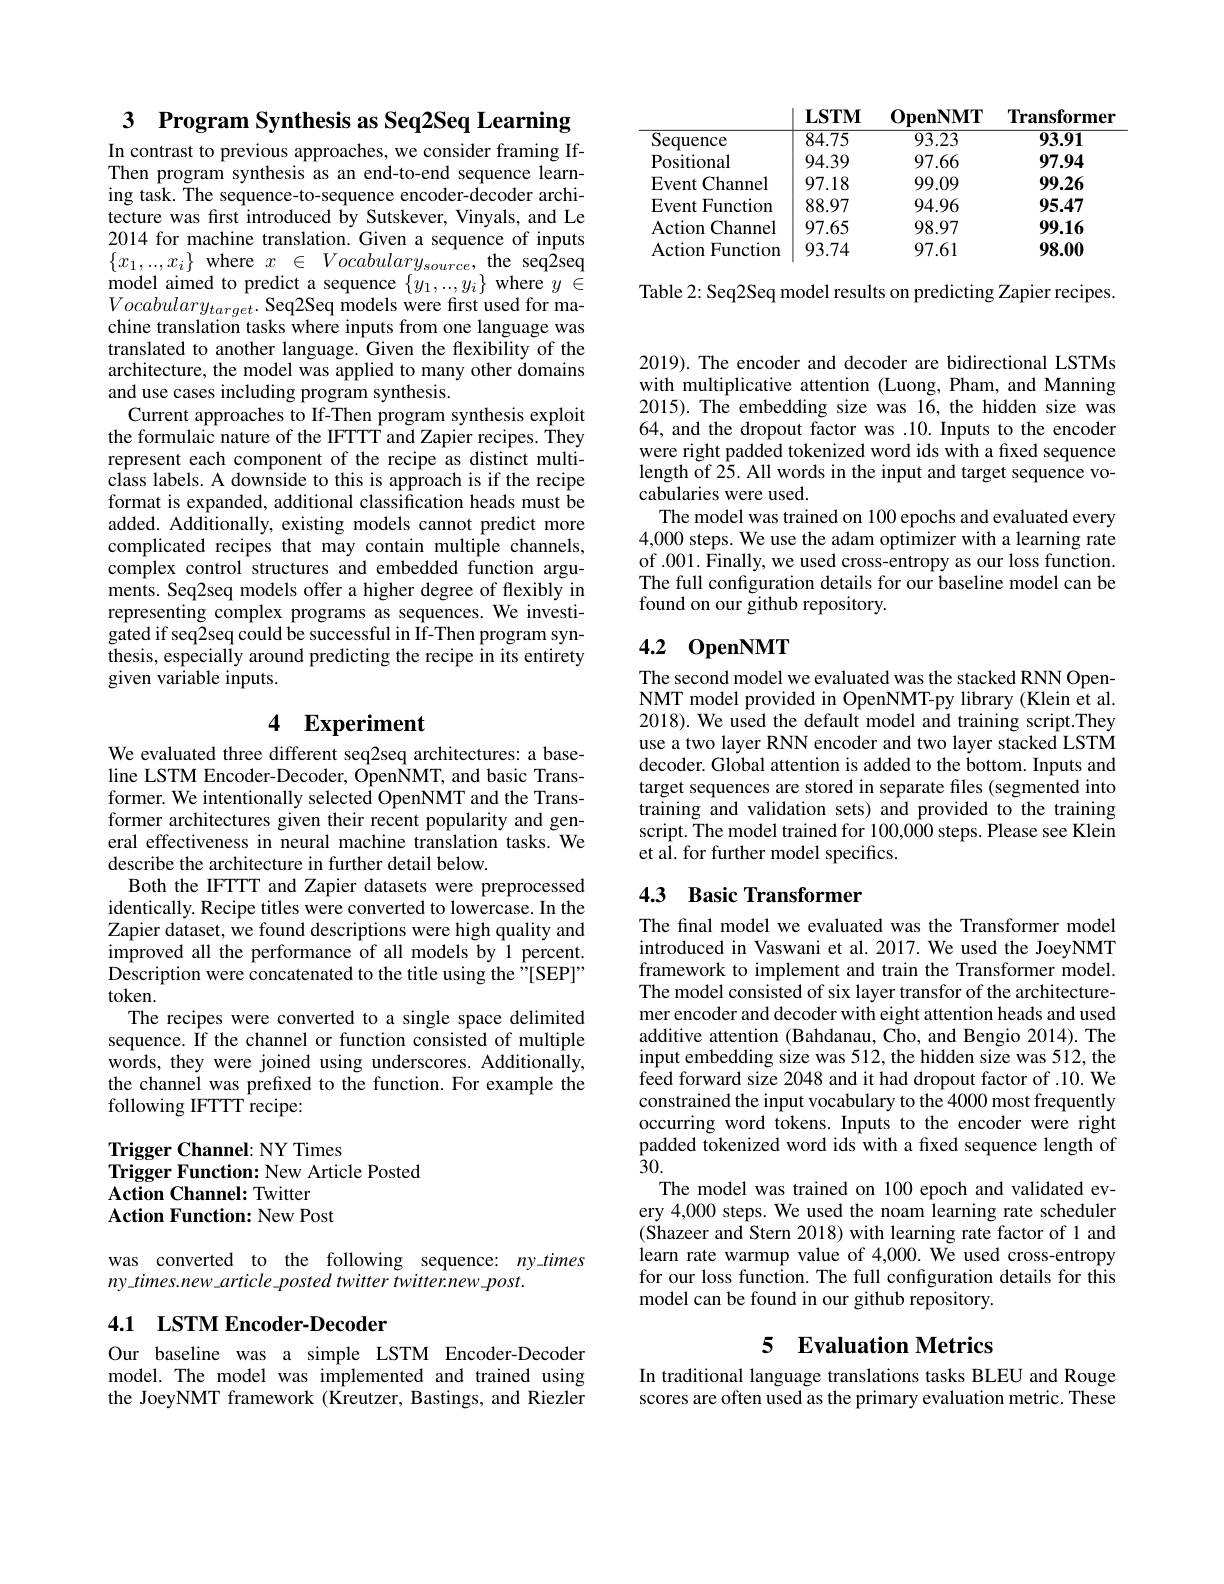
<table>
	<tbody>
		<tr>
			<td>Sequence</td>
			<td>84.75</td>
			<td>93.23</td>
			<td>93.91</td>
		</tr>
		<tr>
			<td>Positional</td>
			<td>94.39</td>
			<td>97.66</td>
			<td>97.94</td>
		</tr>
		<tr>
			<td>$\mathbf{Event}$ Channel</td>
			<td>97.18</td>
			<td>99.09</td>
			<td>99.26</td>
		</tr>
		<tr>
			<td>$\mathbf{Event}$ Function =</td>
			<td>88.97</td>
			<td>94.96</td>
			<td>95.47</td>
		</tr>
		<tr>
			<td>Action Channel</td>
			<td>97.65</td>
			<td>98.97</td>
			<td>99.16</td>
		</tr>
		<tr>
			<td>Action Function</td>
			<td>93.74</td>
			<td>97.61</td>
			<td>98.00</td>
		</tr>
	</tbody>
</table>

Table 2: Seq2Seq model results on predicting Zapier recipes.

3 Program Synthesis as Seq2Seq Learning In contrast to previous approaches, we consider framing If-

Then program synthesis as an end-to-end sequence learning task. The sequence-to-sequence encoder-decoder architecture was first introduced by Sutskever, Vinyals, and Le 2014 for machine translation. Given a sequence of inputs $\{x_1,...,x_i\}$ where $x\in Vocabulary_{source}$, the seq$\hat{2}$seq $\begin{array}{l}\mathrm{model~aimed~to~predict~a~sequence~}\{y_{1},..,y_{i}\}~\mathrm{where~}y\in\\Vocabulary_{target}.~\mathrm{Seq2Seq~models~were~first~used~for~ma-}\end{array}$ chine translation tasks where inputs from one language was translated to another language. Given the flexibility of the architecture, the model was applied to many other domains and use cases including program synthesis.
Current approaches to If-Then program synthesis exploit the formulaic nature of the IFTTT and Zapier recipes. They represent each component of the recipe as distinct multiclass labels. A downside to this is approach is if the recipe format is expanded, additional classification heads must be added. Additionally, existing models cannot predict more complicated recipes that may contain multiple channels, complex control structures and embedded function arguments. Seq2seq models offer a higher degree of flexibly in representing complex programs as sequences. We investigated if seq2seq could be successful in If-Then program synthesis, especially around predicting the recipe in its entirety given variable inputs.

# 4 Experiment

We evaluated three different seq2seq architectures: a baseline LSTM Encoder-Decoder, OpenNMT, and basic Transformer. We intentionally selected OpenNMT and the Transformer architectures given their recent popularity and general effectiveness in neural machine translation tasks. We describe the architecture in further detail below.
Both the IFTTT and Zapier datasets were preprocessed identically. Recipe titles were converted to lowercase. In the Zapier dataset, $\hat{\text{we found descriptions were high quality and}}$ improved all the performance of all models by 1 percent. Description were concatenated to the title using the "[SEP]" token.
The recipes were converted to a single space delimited sequence. If the channel or function consisted of multiple words, they were joined using underscores. Additionally, the channel was prefixed to the function. For example the following IFTTT recipe:

## Trigger Channel: NY Times Trigger Function: New Article Posted Action Channel: Twitter Action Function: New Post

was converted to the following sequence: ny.times
ny times.new article posted twitter twitter.new post.

## 4.1 LSTM Encoder-Decoder

Our baseline was a simple LSTM Encoder-Decoder model. The model was implemented and trained using the JoeyNMT framework (Kreutzer, Bastings, and Riezler

2019). The encoder and decoder are bidirectional LSTMs with multiplicative attention (Luong, Pham, and Manning 2015). The embedding size was 16, the hidden size was 64, and the dropout factor was .10. Inputs to the encoder were right padded tokenized word ids with a fixed sequence length of 25. All words in the input and target sequence vocabularies were used.
The model was trained on 100 epochs and evaluated every 4,000 steps. We use the adam optimizer with a learning rate of .001. Finally, we used cross-entropy as our loss function. The full configuration details for our baseline model can be found on our github repository.

## 4.2 0penNMT

The second model we evaluated was the stacked RNN OpenNMT model provided in OpenNMT-py library (Klein et al. 2018). We used the default model and training script.They use a two layer RNN encoder and two layer stacked LSTM decoder. Global attention is added to the $\dot{\text{bottom.Inputs and}}$ target sequences are stored in separate files (segmented into training and validation sets) and provided to the training script. The model trained for 100,000 steps. Please see Klein et al. for further model specifics.

# 4.3 Basic Transformer

The final model we evaluated was the Transformer model introduced in Vaswani et al. 2017. We used the JoeyNMT framework to implement and train the Transformer model. The model consisted of six layer transfor of the architecturemer encoder and decoder with eight attention heads and used additive attention (Bahdanau, Cho, and Bengio 2014). The input embedding size was 512, the hidden size was 512, the feed forward size 2048 and it had dropout factor of .10. We constrained the input vocabulary to the 4000 most frequently occurring word tokens. Inputs to the encoder were right padded tokenized word ids with a fixed sequence length of 30.
The model was trained on 100 epoch and validated every 4,000 steps. We used the noam learning rate scheduler (Shazeer and Stern 2018) with learning rate factor of 1 and learn rate warmup value of 4,000. We used cross-entropy for our loss function. The full configuration details for this model can be found in our github repository.

## 5 Evaluation Metrics

In traditional language translations tasks BLEU and Rouge scores are often used as the primary evaluation metric. These